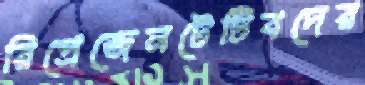
রিপ্রেজেনটেটিবদের